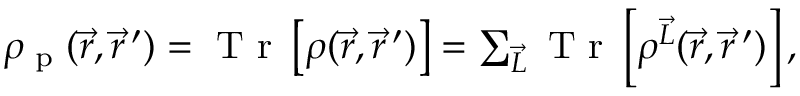
\begin{array} { r } { \rho _ { \textrm { p } } ( \vec { r } , \vec { r } \, ^ { \prime } ) = \textrm { T r } \left[ \boldsymbol { \rho } ( \vec { r } , \vec { r } \, ^ { \prime } ) \right] = \sum _ { \vec { L } } \textrm { T r } \left[ \boldsymbol { \rho } ^ { \vec { L } } ( \vec { r } , \vec { r } \, ^ { \prime } ) \right] , } \end{array}